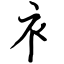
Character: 衤